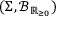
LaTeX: ( \Sigma , \operatorname { \mathcal { B } } _ { \mathbb { R } _ { \geq 0 } } )